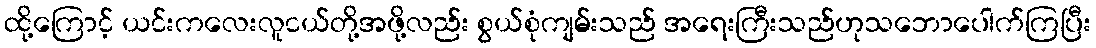
ထို့ကြောင့် ယင်းကလေးလူငယ်တို့အဖို့လည်း စွယ်စုံကျမ်းသည် အရေးကြီးသည်ဟုသဘောပေါက်ကြပြီး